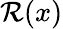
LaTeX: \mathcal{R}(x)